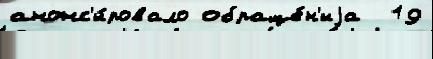
анонс'и́ровало обраще́н'иjа  19